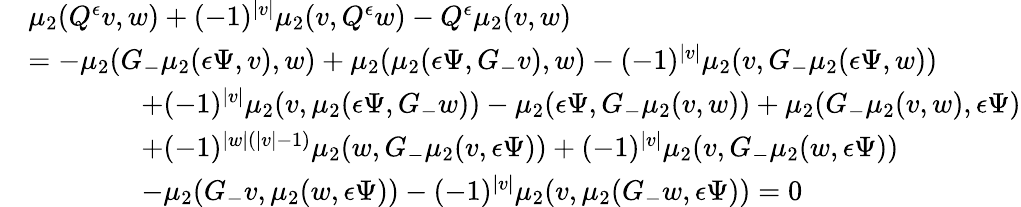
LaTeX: \begin{array}{rl}&{\mu_{2}(Q^{\epsilon}v,w)+(-1)^{|v|}\mu_{2}(v,Q^{\epsilon}w)-Q^{\epsilon}\mu_{2}(v,w)}\\ &{=-\mu_{2}(G_{-}\mu_{2}({\epsilon}\Psi,v),w)+\mu_{2}(\mu_{2}({\epsilon}\Psi,G_{-}v),w)-(-1)^{|v|}\mu_{2}(v,G_{-}\mu_{2}({\epsilon}\Psi,w))}\\ &{\qquad\qquad+(-1)^{|v|}\mu_{2}(v,\mu_{2}({\epsilon}\Psi,G_{-}w))-\mu_{2}({\epsilon}\Psi,G_{-}\mu_{2}(v,w))+\mu_{2}(G_{-}\mu_{2}(v,w),{\epsilon}\Psi)}\\ &{\qquad\qquad+(-1)^{|w|(|v|-1)}\mu_{2}(w,G_{-}\mu_{2}(v,{\epsilon}\Psi))+(-1)^{|v|}\mu_{2}(v,G_{-}\mu_{2}(w,{\epsilon}\Psi))}\\ &{\qquad\qquad-\mu_{2}(G_{-}v,\mu_{2}(w,{\epsilon}\Psi))-(-1)^{|v|}\mu_{2}(v,\mu_{2}(G_{-}w,{\epsilon}\Psi))=0}\end{array}